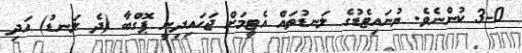
3-0 ކުންނެވެ. ޔުނައިޓެޑުގެ ލަނޑުތައް އެޓީމަށް ޖަހައިދިނީ ޕޮގްބާ (ދެ ލަނޑު) އަދި